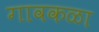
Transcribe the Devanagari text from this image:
गावकळा